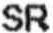
SR